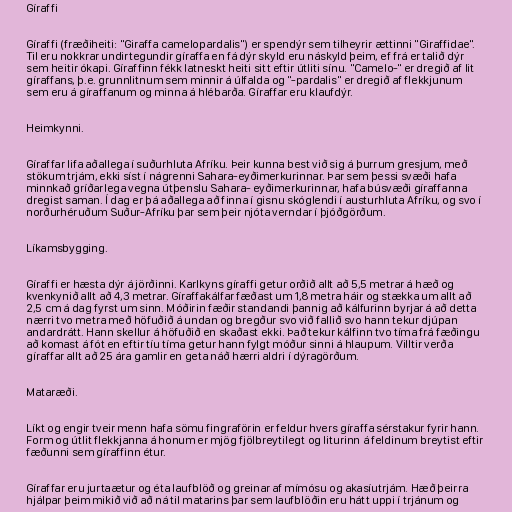
Gíraffi

Gíraffi (fræðiheiti: "Giraffa camelopardalis") er spendýr sem tilheyrir ættinni "Giraffidae".
Til eru nokkrar undirtegundir gíraffa en fá dýr skyld eru náskyld þeim, ef frá er talið dýr
sem heitir ókapi. Gíraffinn fékk latneskt heiti sitt eftir útliti sínu. "Camelo-" er dregið af lit
gíraffans, þ.e. grunnlitnum sem minnir á úlfalda og "-pardalis" er dregið af flekkjunum
sem eru á gíraffanum og minna á hlébarða. Gíraffar eru klaufdýr.

Heimkynni.

Gíraffar lifa aðallega í suðurhluta Afríku. Þeir kunna best við sig á þurrum gresjum, með
stökum trjám, ekki síst í nágrenni Sahara-eyðimerkurinnar. Þar sem þessi svæði hafa
minnkað gríðarlega vegna útþenslu Sahara- eyðimerkurinnar, hafa búsvæði gíraffanna
dregist saman. Í dag er þá aðallega að finna í gisnu skóglendi í austurhluta Afríku, og svo í
norðurhéruðum Suður-Afríku þar sem þeir njóta verndar í þjóðgörðum.

Líkamsbygging.

Gíraffi er hæsta dýr á jörðinni. Karlkyns gíraffi getur orðið allt að 5,5 metrar á hæð og
kvenkynið allt að 4,3 metrar. Gíraffakálfar fæðast um 1,8 metra háir og stækka um allt að
2,5 cm á dag fyrst um sinn. Móðirin fæðir standandi þannig að kálfurinn byrjar á að detta
nærri tvo metra með höfuðið á undan og bregður svo við fallið svo hann tekur djúpan
andardrátt. Hann skellur á höfuðið en skaðast ekki. Það tekur kálfinn tvo tíma frá fæðingu
að komast á fót en eftir tíu tíma getur hann fylgt móður sinni á hlaupum. Villtir verða
gíraffar allt að 25 ára gamlir en geta náð hærri aldri í dýragörðum.

Mataræði.

Líkt og engir tveir menn hafa sömu fingraförin er feldur hvers gíraffa sérstakur fyrir hann.
Form og útlit flekkjanna á honum er mjög fjölbreytilegt og liturinn á feldinum breytist eftir
fæðunni sem gíraffinn étur.

Gíraffar eru jurtaætur og éta laufblöð og greinar af mímósu og akasíutrjám. Hæð þeirra
hjálpar þeim mikið við að ná til matarins þar sem laufblöðin eru hátt uppi í trjánum og